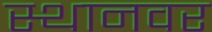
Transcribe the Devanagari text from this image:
स्थानवर